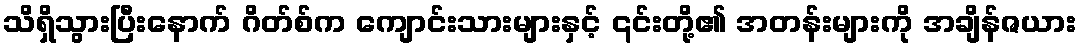
သိရှိသွားပြီးနောက် ဂိတ်စ်က ကျောင်းသားများနှင့် ၎င်းတို့၏ အတန်းများကို အချိန်ဇယား